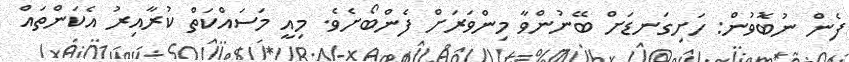
ފެން ނުބޮވުން: ހަށިގަނޑަށް ބޭނުންވާ މިންވަރަށް ފެންބޯށެވެ. މިއީ މަސައްކަތް ކުރާއިރު އެކަންތައް